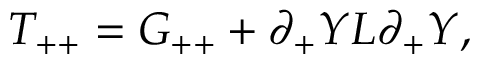
T _ { + + } = G _ { + + } + \partial _ { + } Y L \partial _ { + } Y ,